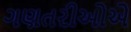
ગણતરીઓએ